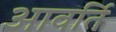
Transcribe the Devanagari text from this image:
आवर्ति